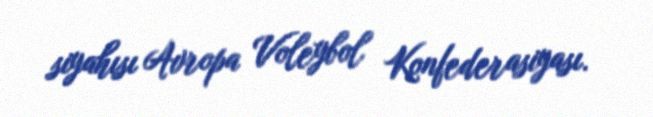
siyahısı Avropa Voleybol Konfederasiyası.